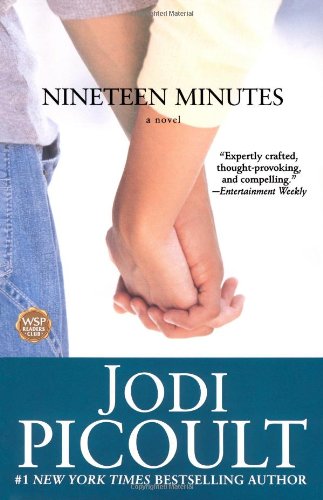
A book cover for Nineteen Minutes; Jodi Picoult; Literature & Fiction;